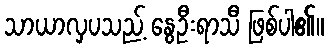
သာယာလှပသည့် နွေဦးရာသီ ဖြစ်ပါ၏။